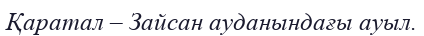
Қаратал – Зайсан ауданындағы ауыл.